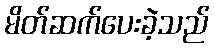
မိတ်ဆက်ပေးခဲ့သည်